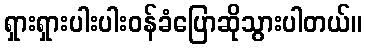
ရှားရှားပါးပါးဝန်ခံပြောဆိုသွားပါတယ်။